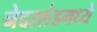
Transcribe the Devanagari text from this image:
नेदरलंडमध्ये